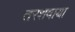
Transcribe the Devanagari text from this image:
तरशवाया